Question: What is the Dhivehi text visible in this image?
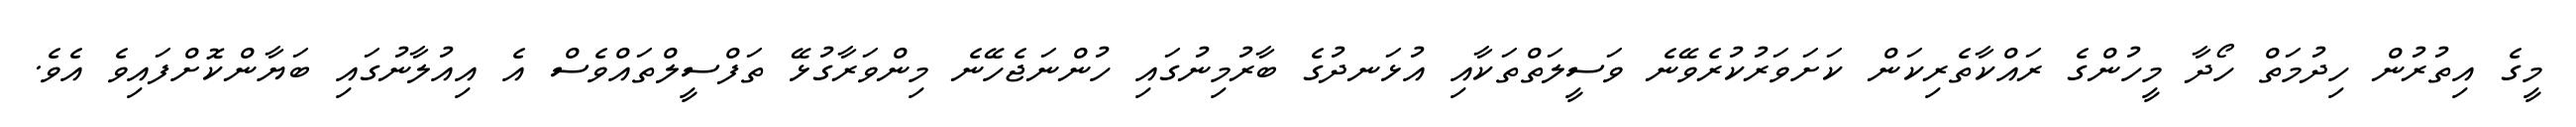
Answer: މީގެ އިތުރުން ހިދުމަތް ހޯދާ މީހުންގެ ރައްކާތެރިކަން ކަށަވަރުކުރެވޭނެ ވަސީލަތްތަކާއި އުޅަނދުގެ ބާރުމިނުގައި ހުންނަޖެހޭނެ މިންވަރާގުޅޭ ތަފްސީލްތައްވެސް އެ އިއުލާނުގައި ބަޔާންކޮށްފައިވެ އެވެ.